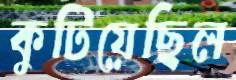
কুটিয়েছিল